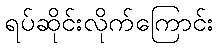
ရပ်ဆိုင်းလိုက်ကြောင်း